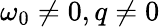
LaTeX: \omega_{0}\ne 0,q\ne 0